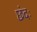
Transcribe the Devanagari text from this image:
छंदः